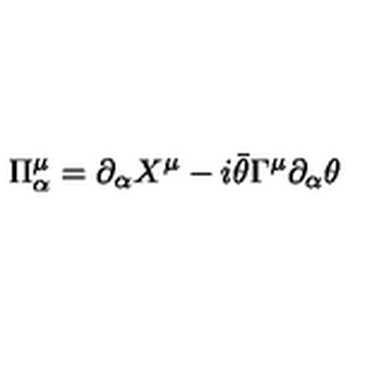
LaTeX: \Pi _ { \alpha } ^ { \mu } = \partial _ { \alpha } X ^ { \mu } - i \bar { \theta } \Gamma ^ { \mu } \partial _ { \alpha } \theta